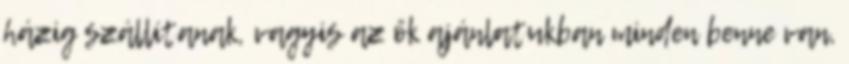
házig szállítanak, vagyis az ők ajánlatukban minden benne van,